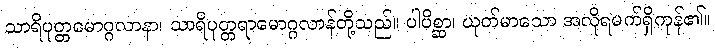
သာရိပုတ္တမောဂ္ဂလာနာ၊ သာရိပုတ္တရာမောဂ္ဂလာန်တို့သည်။ ပါပိစ္ဆာ၊ ယုတ်မာသော အလိုရမက်ရှိကုန်၏။